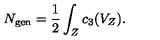
N _ { \mathrm { g e n } } = { \frac { 1 } { 2 } } \int _ { Z } c _ { 3 } ( V _ { Z } ) .